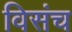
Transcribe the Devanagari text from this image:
विसंच